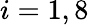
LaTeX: i=1,8